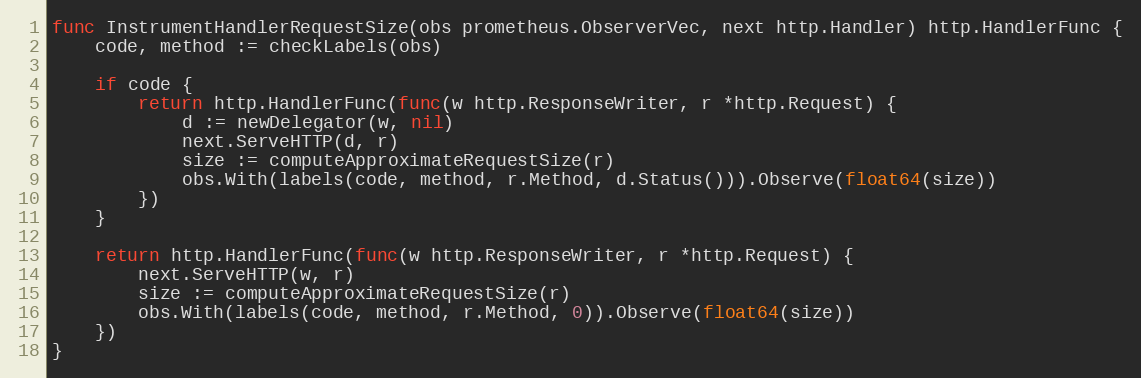
Language: Go
func InstrumentHandlerRequestSize(obs prometheus.ObserverVec, next http.Handler) http.HandlerFunc {
	code, method := checkLabels(obs)

	if code {
		return http.HandlerFunc(func(w http.ResponseWriter, r *http.Request) {
			d := newDelegator(w, nil)
			next.ServeHTTP(d, r)
			size := computeApproximateRequestSize(r)
			obs.With(labels(code, method, r.Method, d.Status())).Observe(float64(size))
		})
	}

	return http.HandlerFunc(func(w http.ResponseWriter, r *http.Request) {
		next.ServeHTTP(w, r)
		size := computeApproximateRequestSize(r)
		obs.With(labels(code, method, r.Method, 0)).Observe(float64(size))
	})
}